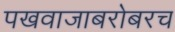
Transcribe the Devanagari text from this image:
पखवाजाबरोबरच